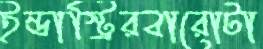
ইন্ডাস্ট্রিরবারোটা